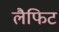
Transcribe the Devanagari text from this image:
लैफिट